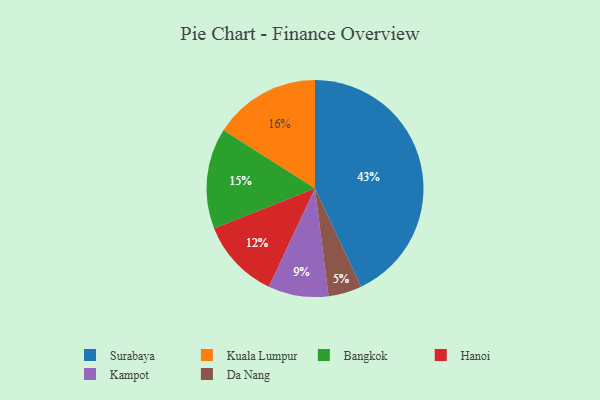
{"axis": {"x": "Category", "y": "Percentage"}, "legend": ["Bangkok", "Da Nang", "Hanoi", "Kampot", "Kuala Lumpur", "Surabaya"], "data": [{"x": "Surabaya", "y": 43, "type": "Surabaya"}, {"x": "Kuala Lumpur", "y": 16, "type": "Kuala Lumpur"}, {"x": "Da Nang", "y": 5, "type": "Da Nang"}, {"x": "Bangkok", "y": 15, "type": "Bangkok"}, {"x": "Kampot", "y": 9, "type": "Kampot"}, {"x": "Hanoi", "y": 12, "type": "Hanoi"}]}